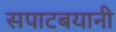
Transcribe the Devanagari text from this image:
सपाटबयानी